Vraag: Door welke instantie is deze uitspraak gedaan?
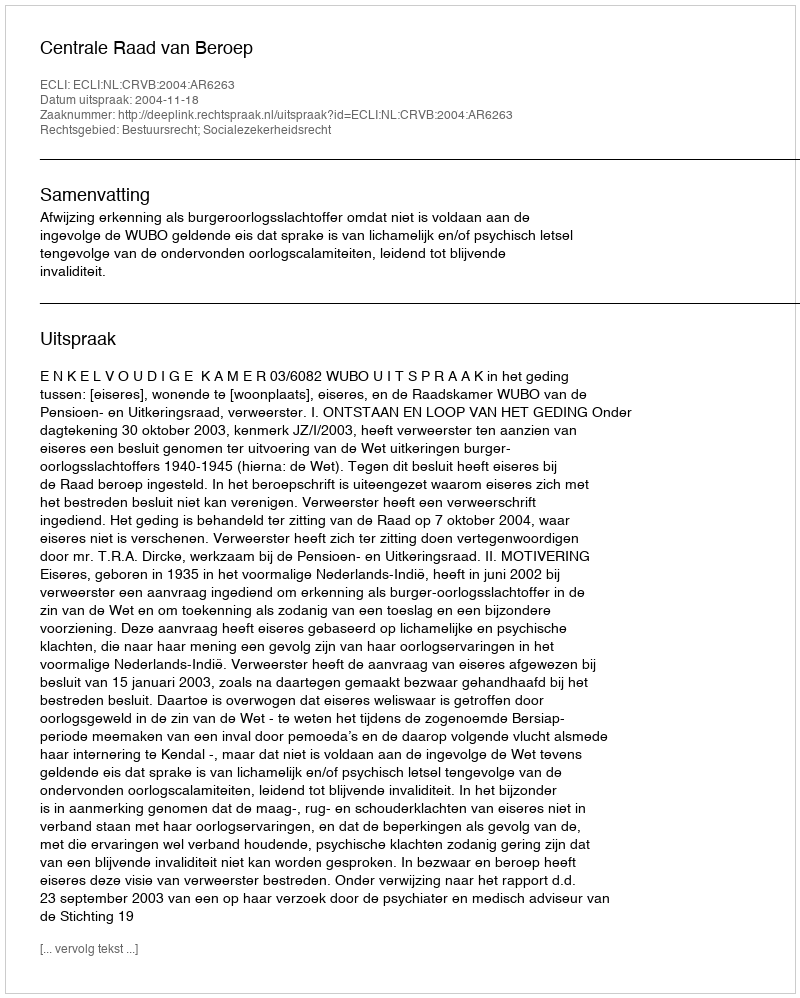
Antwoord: Centrale Raad van Beroep